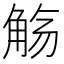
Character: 觞